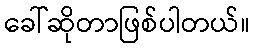
ခေါ်ဆိုတာဖြစ်ပါတယ်။